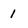
Character: 1